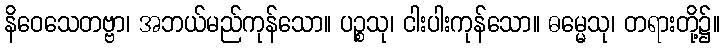
နိဝေသေတဗ္ဗာ၊ အဘယ်မည်ကုန်သော။ ပဉ္စသု၊ ငါးပါးကုန်သော။ ဓမ္မေသု၊ တရားတို့၌။